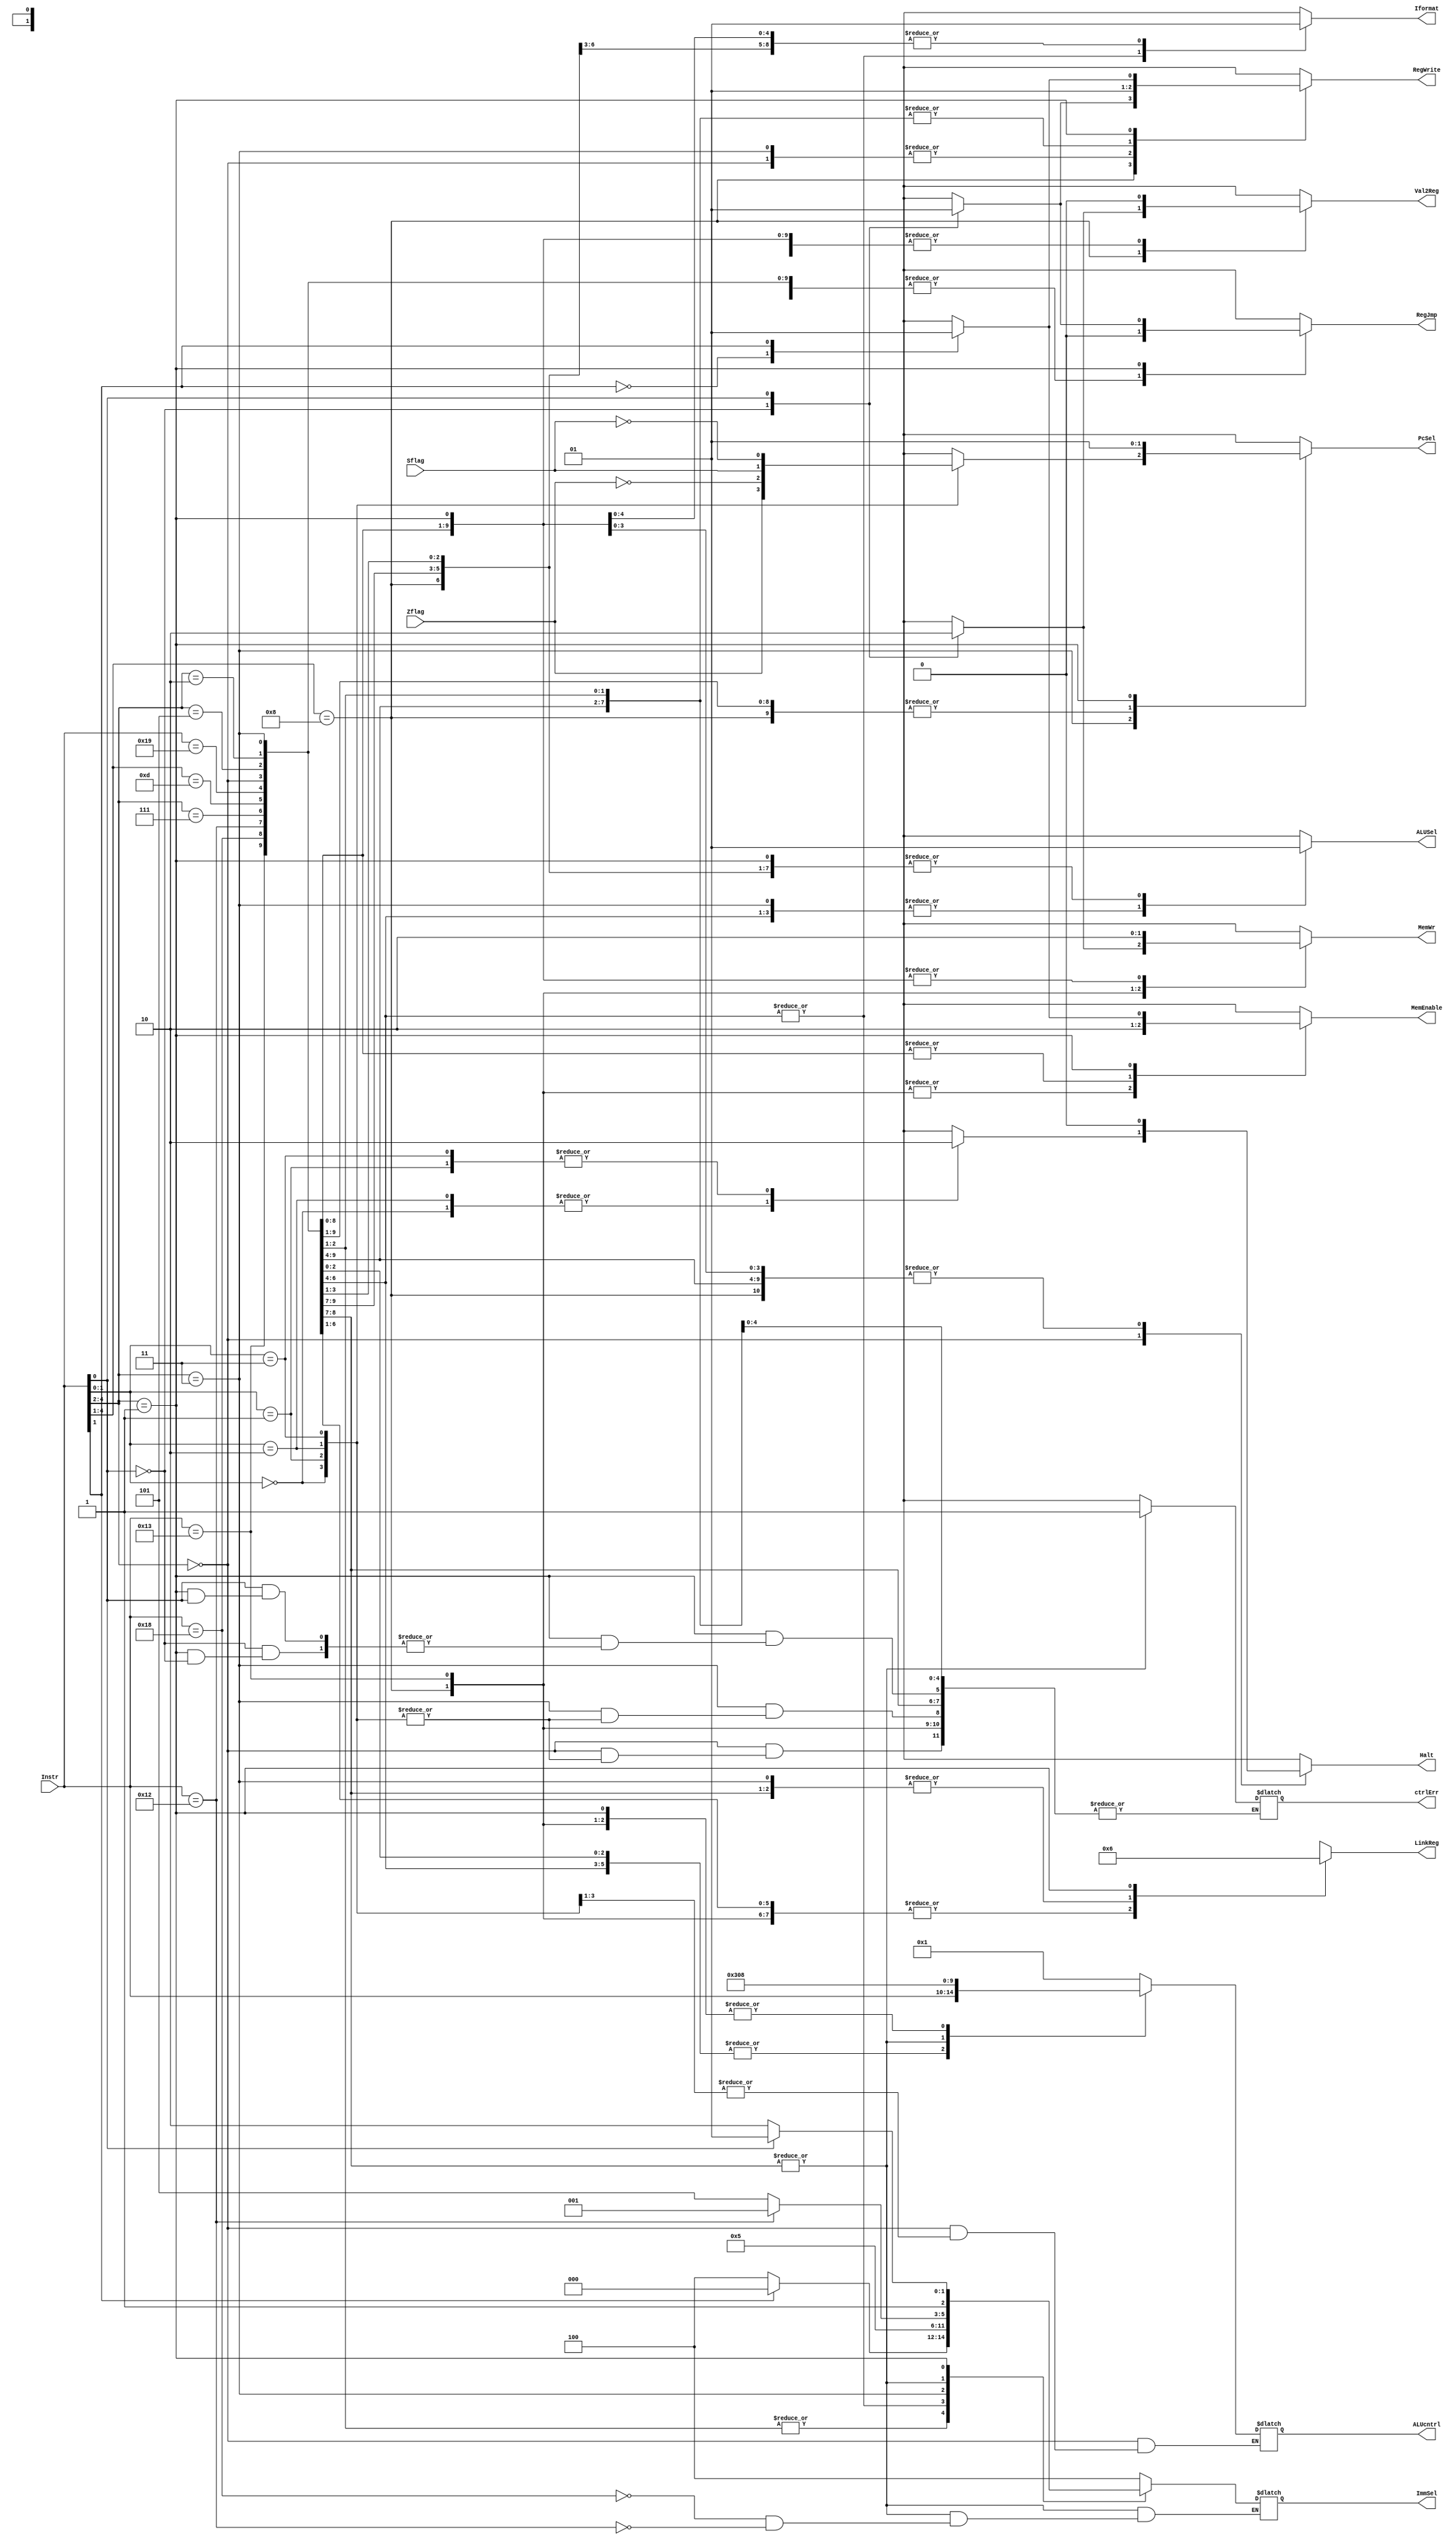
//Commands other modules
module control(
    //Output(s)
    RegWrite,   // Whether or not we Write to RegFile/RegMem
    Iformat,    // Choose Rd Tru: I-format 1, False: R-format 
    PcSel,      // Choose False: PC incr, or True: PC incr + Imm
    RegJmp,     // Choose False: above, or True: Rs + sign_ext(Imm)
    MemEnable,  // Whether or not DataMem can be read           //MOTE! Looks like the provided memory module used "enable" and "wr" 
    MemWr,      // Whether or not DataMem can be written to     // instead of MemEnable/MemWr
    ALUcntrl,   // Controls operations of ALU (Add, sub, addi, subi, rol, etc)
    Val2Reg,    // Choose which value we are sending to RegMem (either ALU out or DataMem out)
    ALUSel,     // AKA ALUSel possibly. Controls whether or not to use Immediate as ALU input.
    ImmSel,     // Choose which extension to perform on which immediate size. (sign?, ImmSize[1:0]) (00: 5, 01: 8, 10: 11)
    Halt,       // Stop current and future instructions from executing
    LinkReg,    // (Link, LBI) Choose which Register to write to in RegMem (00: Rd, 01: Rs, 10: R7, 11: XX) // TODO Remap!
    ctrlErr,    // temporary err flag for phase 1.
    //Input(s)
    Instr,      // 5 msb of instruction
    Zflag, 
    Sflag
);
    output reg RegWrite, Iformat, PcSel, RegJmp, MemEnable, MemWr, Val2Reg, ALUSel, Halt, ctrlErr;
    output reg [1:0] LinkReg; // TODO
    output reg [2:0] ImmSel;
    output reg[4:0] ALUcntrl;
    input wire[4:0] Instr;
    input wire Zflag, Sflag;

    always @* begin
        casex(Instr[4:0])
//=================== Special Ops B) =====================//
            5'b000??: begin // These base values do not make permanent changes to the proc state.
                  PcSel         = 1'b0;    // Do Not add Imm to PC + 2
                  RegJmp        = 1'b0;    // Do Not Jmp from Rs
                  Val2Reg       = 1'b0;    // Do transmit ALU output // 1'bX 
                  ALUSel        = 1'b1;    // Do use the Immediate value in ALU
                  LinkReg[1:0]  = 2'b00;   // Do Rd I-format 1
                  Iformat       = 1'b1;    // Do use Rd-I
                  ImmSel[2:0]   = 3'b100;  // Do sign extend 5 bits.
                  RegWrite      = 1'b0;    // Do write to register
                  MemWr         = 1'b0;    // Do write to memory
                  MemEnable     = 1'b0;    // Do enable mem access
                case(Instr[1:0])
                    2'b00: begin
                        Halt = 1'b1; // Do Halt PC from executing new instructions
                        ALUcntrl = ALUcntrl; // Do pass on Halt opcode
                    end
                    2'b01: begin    // NOP
                        Halt = 1'b0; // Do Not Halt PC from executing new instructions
                        ALUcntrl = ALUcntrl; // Do pass on NOP opcode
                    end
                    2'b10: begin    // siic // Currently NOP/Okay if it breaks
                        Halt = 1'b1; // Don't Care allowed to break // Do Halt
                        ALUcntrl = ALUcntrl; // Don't Care allowed to break // Do pass along opcode
                    end
                    2'b11: begin    // RTI // Currently NOP
                        Halt = 1'b0; // Do Not Halt PC from executing new instructions 
                        ALUcntrl = 5'b00001; // Do pass on NOP opcode
                    end
                    default: ctrlErr = 1'b1;
                endcase
            end
//========================================================//

//===================== I Format 1 =======================//

            5'b010??, 5'b101??: begin   // All I-format 1, non-memory instructions
                RegWrite      = 1'b1;        // Do write to RegMem
                PcSel         = 1'b0;        // Do Not add Imm to PC + 2
                RegJmp        = 1'b0;        // Do Not Jmp from Rs
                MemEnable     = 1'b0;        // Do Not read from memory
                MemWr         = 1'b0;        // Do Not write to memory
                Val2Reg       = 1'b0;        // Do transmit ALU output 
                ALUSel        = 1'b1;        // Do use the Immediate value in ALU
                Halt          = 1'b0;        // Do Not halt
                LinkReg[1:0]  = 2'b00;       // Do use Rd
                Iformat       = 1'b1;        // Do use Rd-I
                ALUcntrl[4:0] = Instr[4:0];  // Do pass opcode to ALU
                case(Instr[1])
                    1'b0: ImmSel[2:0] = 3'b100;   // Do use sign extension (specific to I-format 1!!)
                    1'b1: ImmSel[2:0] = 3'b000;   // Do use zero extension
                    default: ctrlErr = 1'b1;
                endcase
            end
            5'b1000?: begin 
                // Common for all I-format 1 Memory Ops
                PcSel         = 1'b0;        // Do Not add Imm to PC + 2
                RegJmp        = 1'b0;        // Do Not Jmp from Rs
                ALUSel        = 1'b1;        // Do use the Immediate value in ALU
                Halt          = 1'b0;        // Do Not
                LinkReg[1:0]  = 2'b00;       // Do use Rd I-format 1 for write reg
                Iformat       = 1'b1;        // Do use Rd-I
                ALUcntrl[4:0] = 5'b01000;    // Do act like performing ADDI
                ImmSel[2:0]   = 3'b100;      // Do sign extend 5 bits
                case(Instr[0])
                    1'b0: begin // ST Rd, Rs, immediate Mem[Rs + I(sign ext.)] <- Rd
                        Val2Reg = 1'b1;          // Do transmit ALU output
                        RegWrite = 1'b0;         // Do Not write to register
                        MemWr = 1'b1;            // Do write to memory
                        MemEnable = 1'b1;        // Do enable mem access
                    end
                    1'b1: begin // LD Rd, Rs, immediate Rd <- Mem[Rs + I(sign ext.)]
                        Val2Reg   = 1'b0;    // Do Not transmit ALU output
                        RegWrite  = 1'b1;    // Do write to register
                        MemWr     = 1'b0;    // Do Not write to memory
                        MemEnable = 1'b1;    // Do enable mem access
                    end
                    default:   ctrlErr = 1'b1;
                endcase
            end   
            5'b10011: begin // STU Rd, Rs, immediate Mem[Rs + I(sign ext.)] <- Rd and //  Rs <- Rs + I(sign ext.)
                PcSel         = 1'b0;    // Do Not add Imm to PC + 2
                RegJmp        = 1'b0;    // Do Not Jmp from Rs
                Val2Reg       = 1'b0;    // Do transmit ALU output // 1'bX 
                ALUSel        = 1'b1;    // Do use the Immediate value in ALU
                Halt          = 1'b0;    // Do Not halt
                LinkReg[1:0]  = 2'b00;   // Do Rd I-format 1
                Iformat       = 1'b1;    // Do use Rd-I
                ALUcntrl[4:0] = 5'b01000;// Do act like performing ADDI
                ImmSel[2:0]   = 3'b100;  // Do sign extend 5 bits.
                RegWrite      = 1'b1;    // Do write to register
                MemWr         = 1'b1;    // Do write to memory
                MemEnable     = 1'b1;    // Do enable mem access
            end
//========================================================//

//===================== R Format =========================//
            // BTR, ADD, SUB, XOR, ANDN, SLL, SRL, ROL, ROR, SEQ, SLT, SLE, SCO
            5'b11001, 5'b1101?, 5'b111??: begin     // Excludes 5'b11000 (LBI)
                PcSel         = 1'b0;        // Do Not add Imm to PC + 2
                RegJmp        = 1'b0;        // Do Not Jmp from Rs
                Val2Reg       = 1'b0;        // Do transmit ALU output // 1'bX 
                ALUSel        = 1'b0;        // Do Not use the Immediate value in ALU
                Halt          = 1'b0;        // Do Not halt
                LinkReg[1:0]  = 2'b00;       // Do use Rd R-format
                Iformat       = 1'b0;        // Do Not use Rd-I
                ALUcntrl[4:0] = Instr[4:0];  // Pass Thru?
                ImmSel[2:0]   = 3'b000;      // zero extend 5 bits. // Don't Cares 3'bXXX
                RegWrite      = 1'b1;        // Do write to register
                MemWr         = 1'b0;        // Do Not write to memory
                MemEnable     = 1'b0;        // Do Not enable mem access
            end
//========================================================//

//===================== I Format 2 =======================//
            5'b011??: begin
                RegJmp        = 1'b0;        // Do Not Jmp from Rs
                Val2Reg       = 1'b0;        // Don't Care // Do transmit ALU output // 1'bX 
                ALUSel        = 1'b0;        // Don't Care // Do Not use the Immediate value in ALU
                Halt          = 1'b0;        // Do Not halt
                LinkReg[1:0]  = 2'b01;       // Don't Care // Do use Rs
                Iformat       = 1'b1;        // Don't Care // Don't Use Rd-I
                ALUcntrl[4:0] = Instr[4:0];  // Don't Care // Pass Thru?
                ImmSel[2:0]   = 3'b101;      // Do sign extend 8 bits.
                RegWrite      = 1'b0;        // Do Not write to register
                MemWr         = 1'b0;        // Do Not write to memory
                MemEnable     = 1'b0;        // Do Not enable mem access
                case(Instr[1:0])
                    2'b00: PcSel = Zflag;    // BEQZ Rs, immediate if (Rs == 0) then PC <- PC + 2 + I(sign ext.)   
                    2'b01: PcSel = ~Zflag;   // BNEZ Rs, immediate if (Rs != 0) then PC <- PC + 2 + I(sign ext.)
                    2'b10: PcSel = Sflag;    // BLTZ Rs, immediate if (Rs < 0) then PC <- PC + 2 + I(sign ext.)
                    2'b11: PcSel = ~Sflag;   // BGEZ Rs, immediate if (Rs >= 0) then PC <- PC + 2 + I(sign ext.)
                    default: ctrlErr = 1'b1;
                endcase
            end
            5'b11000, 5'b10010: begin // LBI and SLBI
                PcSel         = 1'b0;    // Do Not add Imm to PC + 2
                RegJmp        = 1'b0;    // Do Not Jmp from Rs
                Val2Reg       = 1'b0;    // Do transmit ALU output // 1'bX 
                ALUSel        = 1'b1;    // Do use the Immediate value in ALU
                Halt          = 1'b0;    // Do Not halt
                LinkReg[1:0]  = 2'b01;   // Do use Rs
                Iformat       = 1'b1;    // Don't Care // Do use Rd-I
                ALUcntrl[4:0] = 5'b11000;// Do pass LBI instr to ALU
                RegWrite      = 1'b1;    // Do write to register
                MemWr         = 1'b0;    // Do Not write to memory
                MemEnable     = 1'b0;    // Do Not enable mem access
                case(Instr[4:0])
                    5'b11000: ImmSel[2:0] = 3'b101;  // Do sign extend 8 bits   // LBI Rs, immediate Rs <- I(sign ext.)
                    5'b10010: ImmSel[2:0] = 3'b001;  // Do zero extend 8 bits. // SLBI Rs, immediate Rs <- (Rs << 8) | I(zero ext.)
                    default: ctrlErr = 1'b1;
                endcase
            end
            5'b001??: begin 
                PcSel         = 1'b1;        // Do add Imm to PC + 2
                Val2Reg       = 1'b0;        // Sometimes Care // Do transmit ALU output
                ALUSel        = 1'b1;        // Sometimes Care // Do Not use the Immediate value in ALU
                Halt          = 1'b0;        // Do Not halt
                LinkReg[1:0]  = 2'b10;       // Sometimes Care // Do use R7 //
                Iformat       = 1'b1;        // Don't Care // Do use Rd-I
                ALUcntrl[4:0] = 5'b01000;    // Pass ADDI Opcode
                MemWr         = 1'b0;        // Do Not write to memory
                case(Instr[0])
//---------------------- J Format ------------------------//
                    1'b0:  begin 
                        RegJmp        = 1'b0;           // Do Not Jmp from Rs
                        ImmSel[2:0]   = 3'b110;         // Do sign extend 11 bits.
                        case(Instr[1]) // J-format
                            1'b0: begin // J displacement PC <- PC + 2 + D(sign ext.)
                                RegWrite = 1'b0;        // Do Not write to register
                                MemEnable= 1'b0;        // Do Not enable mem acces
                            end
                            1'b1: begin // JAL displacement R7 <- PC + 2 and PC <- PC + 2 + D(sign ext.)
                                RegWrite = 1'b1;        // Do write to register
                                MemEnable= 1'b1;        // Do enable mem access
                            end
                            default: ctrlErr = 1'b1;  
                        endcase
                    end
//--------------------------------------------------------//
                    1'b1: begin
                        RegJmp        = 1'b1;           // Do Jmp from Rs
                        ImmSel[2:0]   = 3'b101;         // Do sign extend 8 bits.
                        case(Instr[1])
                            1'b0: begin // JR Rs, immediate PC <- Rs + I(sign ext.)
                                RegWrite = 1'b0;        // Do Not write to register
                                MemEnable= 1'b0;        // Do enable mem access
                            end
                            1'b1: begin // JALR Rs, immediate R7 <- PC + 2 and PC <- Rs + I(sign ext.)
                                RegWrite = 1'b1;        // Do write to register
                                MemEnable= 1'b1;        // Do enable mem access
                            end
                            default: ctrlErr = 1'b1; 
                        endcase
                    end
                    default: ctrlErr = 1'b1;   
                endcase 
            end
            default: ctrlErr = 1'b1;
        endcase 
//========================================================//
    end

endmodule